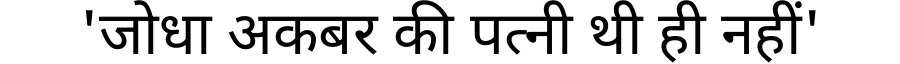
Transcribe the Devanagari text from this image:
'जोधा अकबर की पत्नी थी ही नहीं'